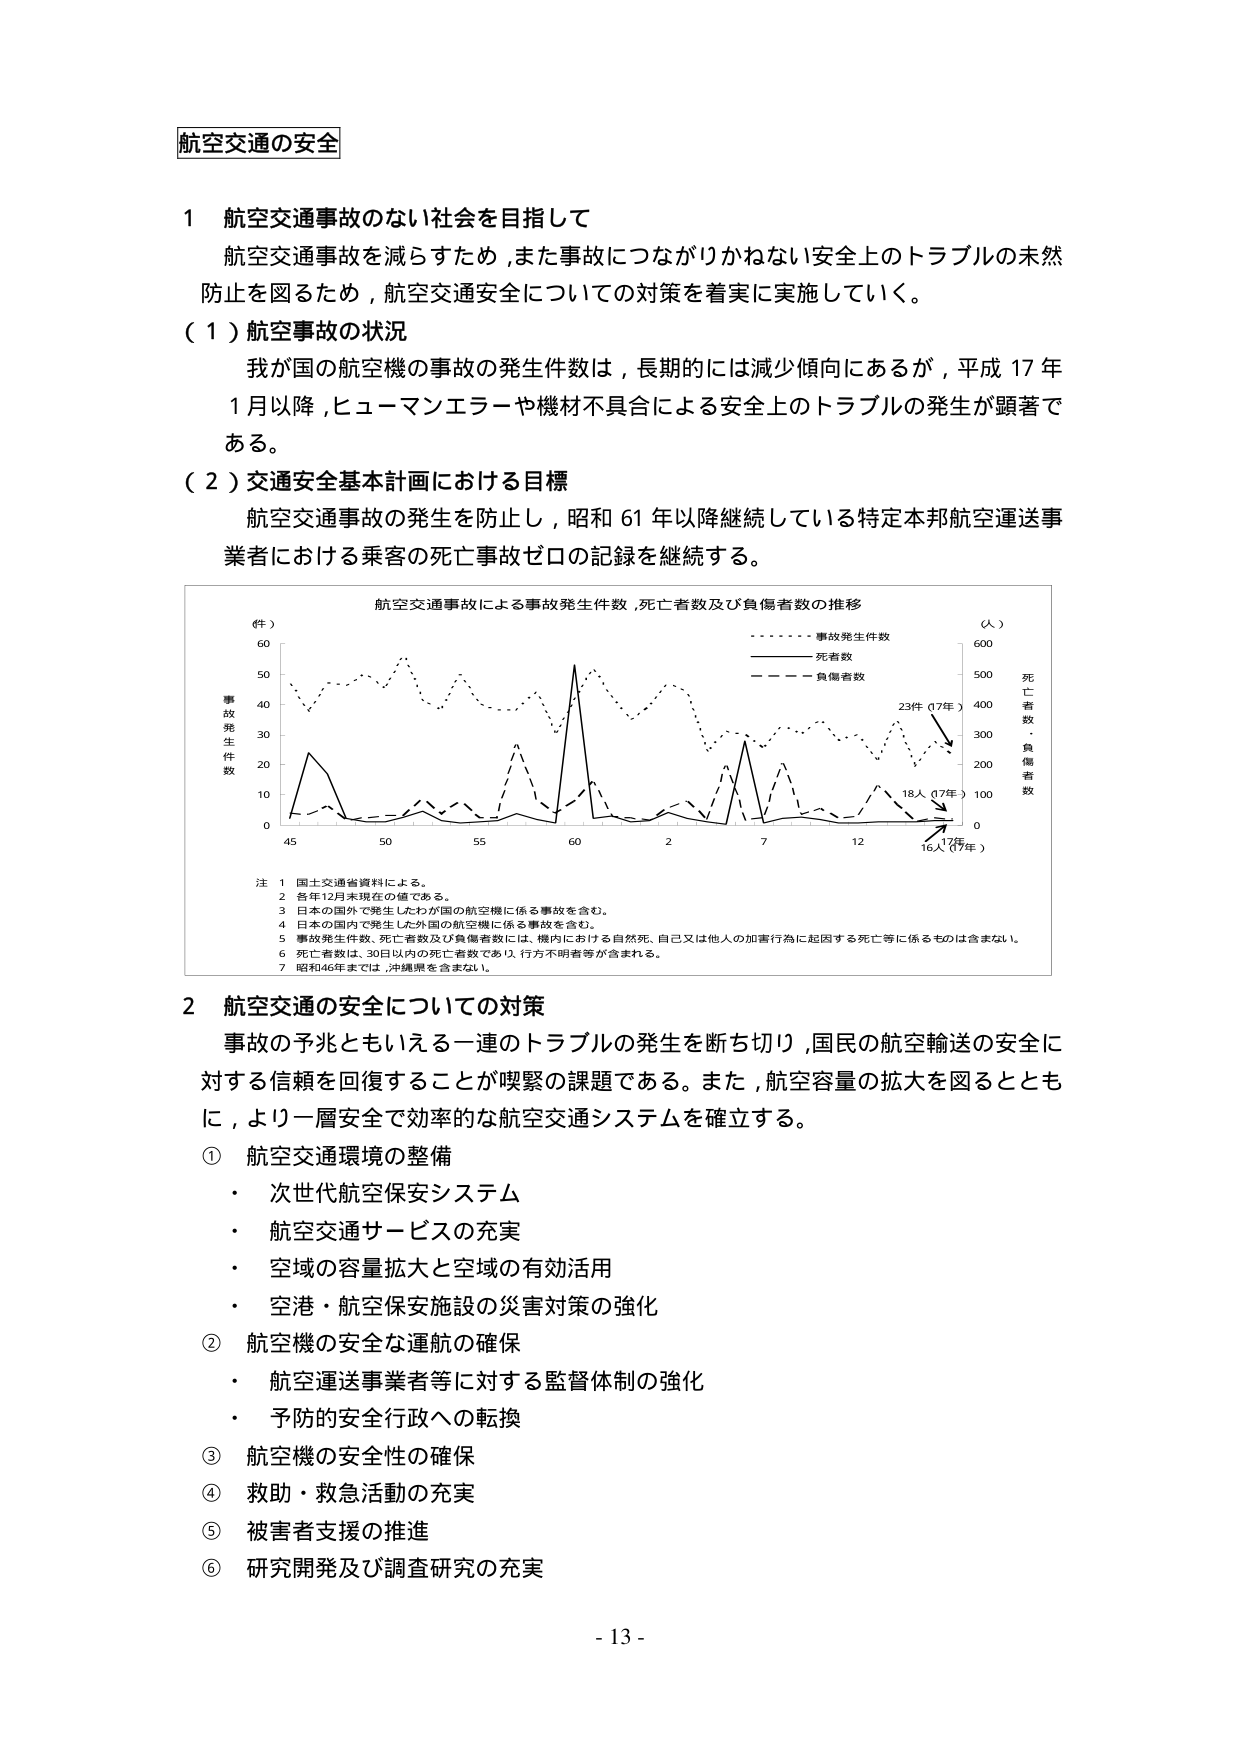
航空交通の安全

1 航空交通事故のない社会を目指して
航空交通事故を減らすため、また事故につながりかねない安全上のトラブルの未然
防止を図るため、航空交通安全についての対策を着実に実施していく。

（1）航空事故の状況
我が国の航空機の事故の発生件数は、長期的には減少傾向にあるが、平成17年
1月以降、ヒューマンエラーや機材不具合による安全上のトラブルの発生が顕著で
ある。

（2）交通安全基本計画における目標
航空交通事故の発生を防止し、昭和61年以降継続している特定本邦航空運送事
業者における乗客の死亡事故ゼロの記録を継続する。

航空交通事故による事故発生件数、死亡者数及び負傷者数の推移
（件）
60
50
40
30
20
10
0
45 50 55 60 2 7 12 17年
事故発生件数
死者数
負傷者数
（人）
600
500
400
300
200
100
0
死亡者数
負傷者数
23件（17年）
18人（17年）
16人（17年）

注 1 国土交通省資料による。
2 各年12月末現在の値である。
3 日本の国外で発生したわが国の航空機に係る事故を含む。
4 日本の国内で発生した外国の航空機に係る事故を含む。
5 事故発生件数、死亡者数及び負傷者数には、機内における自然死、自己又は他人の加害行為に起因する死亡等に係るものは含まない。
6 死亡者数は、30日以内の死亡者数であり、行方不明者等が含まれる。
7 昭和46年までは、沖縄県を含まない。

2 航空交通の安全についての対策
事故の予兆ともいえる一連のトラブルの発生を断ち切り、国民の航空輸送の安全に
対する信頼を回復することが喫緊の課題である。また、航空容量の拡大を図るととも
に、より一層安全で効率的な航空交通システムを確立する。

① 航空交通環境の整備
・ 次世代航空保安システム
・ 航空交通サービスの充実
・ 空域の容量拡大と空域の有効活用
・ 空港・航空保安施設の災害対策の強化

② 航空機の安全な運航の確保
・ 航空運送事業者等に対する監督体制の強化
・ 予防的安全行政への転換

③ 航空機の安全性の確保

④ 救助・救急活動の充実

⑤ 被害者支援の推進

⑥ 研究開発及び調査研究の充実

- 13 -